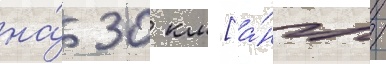
на́ 30 км [а́нгл.